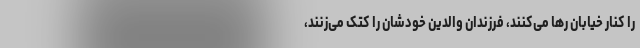
را کنار خیابان رها می‌کنند، فرزندان والدین خودشان را کتک می‌زنند،